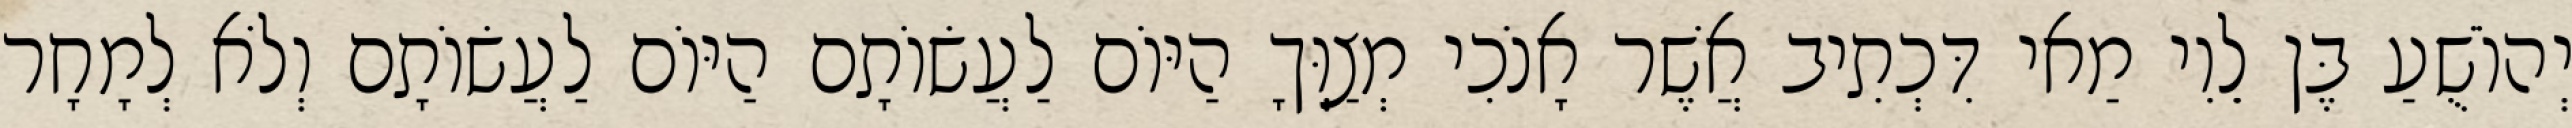
יְהוֹשֻׁעַ בֶּן לֵוִי מַאי דִּכְתִיב אֲשֶׁר אָנֹכִי מְצַוְּךָ הַיּוֹם לַעֲשׂוֹתָם הַיּוֹם לַעֲשׂוֹתָם וְלֹא לְמָחָר